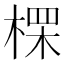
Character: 𪲷